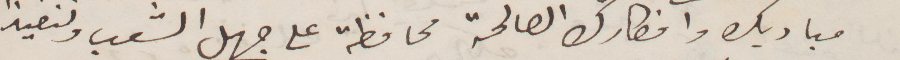
مباديك وافكارك الصالحة محافظة على جهل الشعب ولنعيت